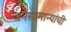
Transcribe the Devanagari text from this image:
जनसामान्यांची